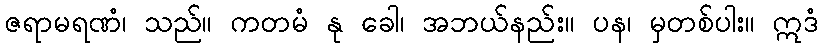
ဇရာမရဏံ၊ သည်။ ကတမံ နု ခေါ၊ အဘယ်နည်း။ ပန၊ မှတစ်ပါး။ ဣဒံ